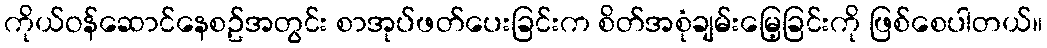
ကိုယ်ဝန်ဆောင်နေစဥ်အတွင်း စာအုပ်ဖတ်ပေးခြင်းက စိတ်အစုံချမ်းမြေ့ခြင်းကို ဖြစ်စေပါတယ်။